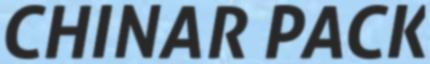
CHINAR PACK